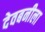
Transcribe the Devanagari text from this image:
देवबनीला